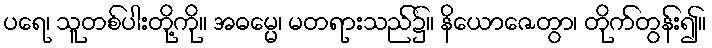
ပရေ၊ သူတစ်ပါးတို့ကို။ အဓမ္မေ၊ မတရားသည်၌။ နိယောဇေတွာ၊ တိုက်တွန်း၍။